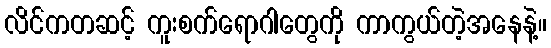
လိင်ကတဆင့် ကူးစက်ရောဂါတွေကို ကာကွယ်တဲ့အနေနဲ့။